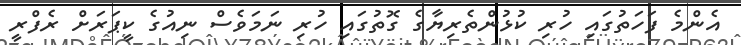
އެންމެ ފަހަތުގައި ހުރި ކުޅުންތެރިޔާގެ ގޮތުގައި ހުރި ނަމަވެސް ނިއުގެ ކީޕަރަށް ރެފްރީ